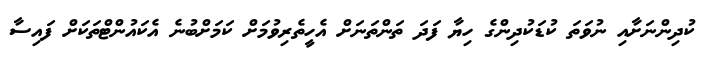
ކުދިންނަށާއި ނުވަތަ ކުޑަކުދިންގެ ހިޔާ ފަދަ ތަންތަނަށް އެހީތެރިވުމަށް ކަމަށްބުނެ އެކައުންޓްތަކަށް ފައިސާ